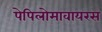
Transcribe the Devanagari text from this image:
पेपिलोमावायरस